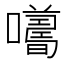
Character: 𡃮